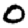
Digit: 0